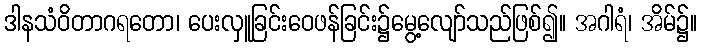
ဒါနသံဝိတာဂရတော၊ ပေးလှူခြင်းဝေဖန်ခြင်း၌မွေ့လျော်သည်ဖြစ်၍။ အဂါရံ၊ အိမ်၌။